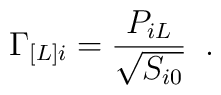
\Gamma_{[L]i} = \frac{P_{iL}}{\sqrt{S_{i0}}} \;\; .